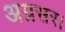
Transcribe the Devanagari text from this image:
अग्रसर।